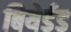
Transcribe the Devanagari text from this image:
बियेर्डड